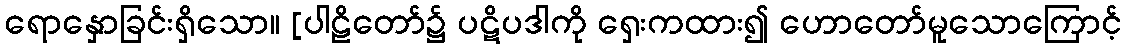
ရောနှောခြင်းရှိသော။ [ပါဠိတော်၌ ပဋိပဒါကို ရှေးကထား၍ ဟောတော်မူသောကြောင့်